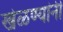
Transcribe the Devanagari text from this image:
खेळण्यांनी